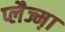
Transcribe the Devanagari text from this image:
प्लैज्म़ा